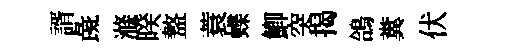
諝彘滌暌盩蓑蝶鯽突揭鴿糞伏